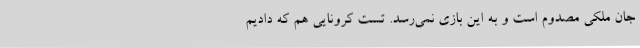
جان ملکی مصدوم است و به این بازی نمی‌رسد. تست کرونایی هم که دادیم